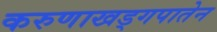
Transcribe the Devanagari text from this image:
करुणाखड्गपातेन